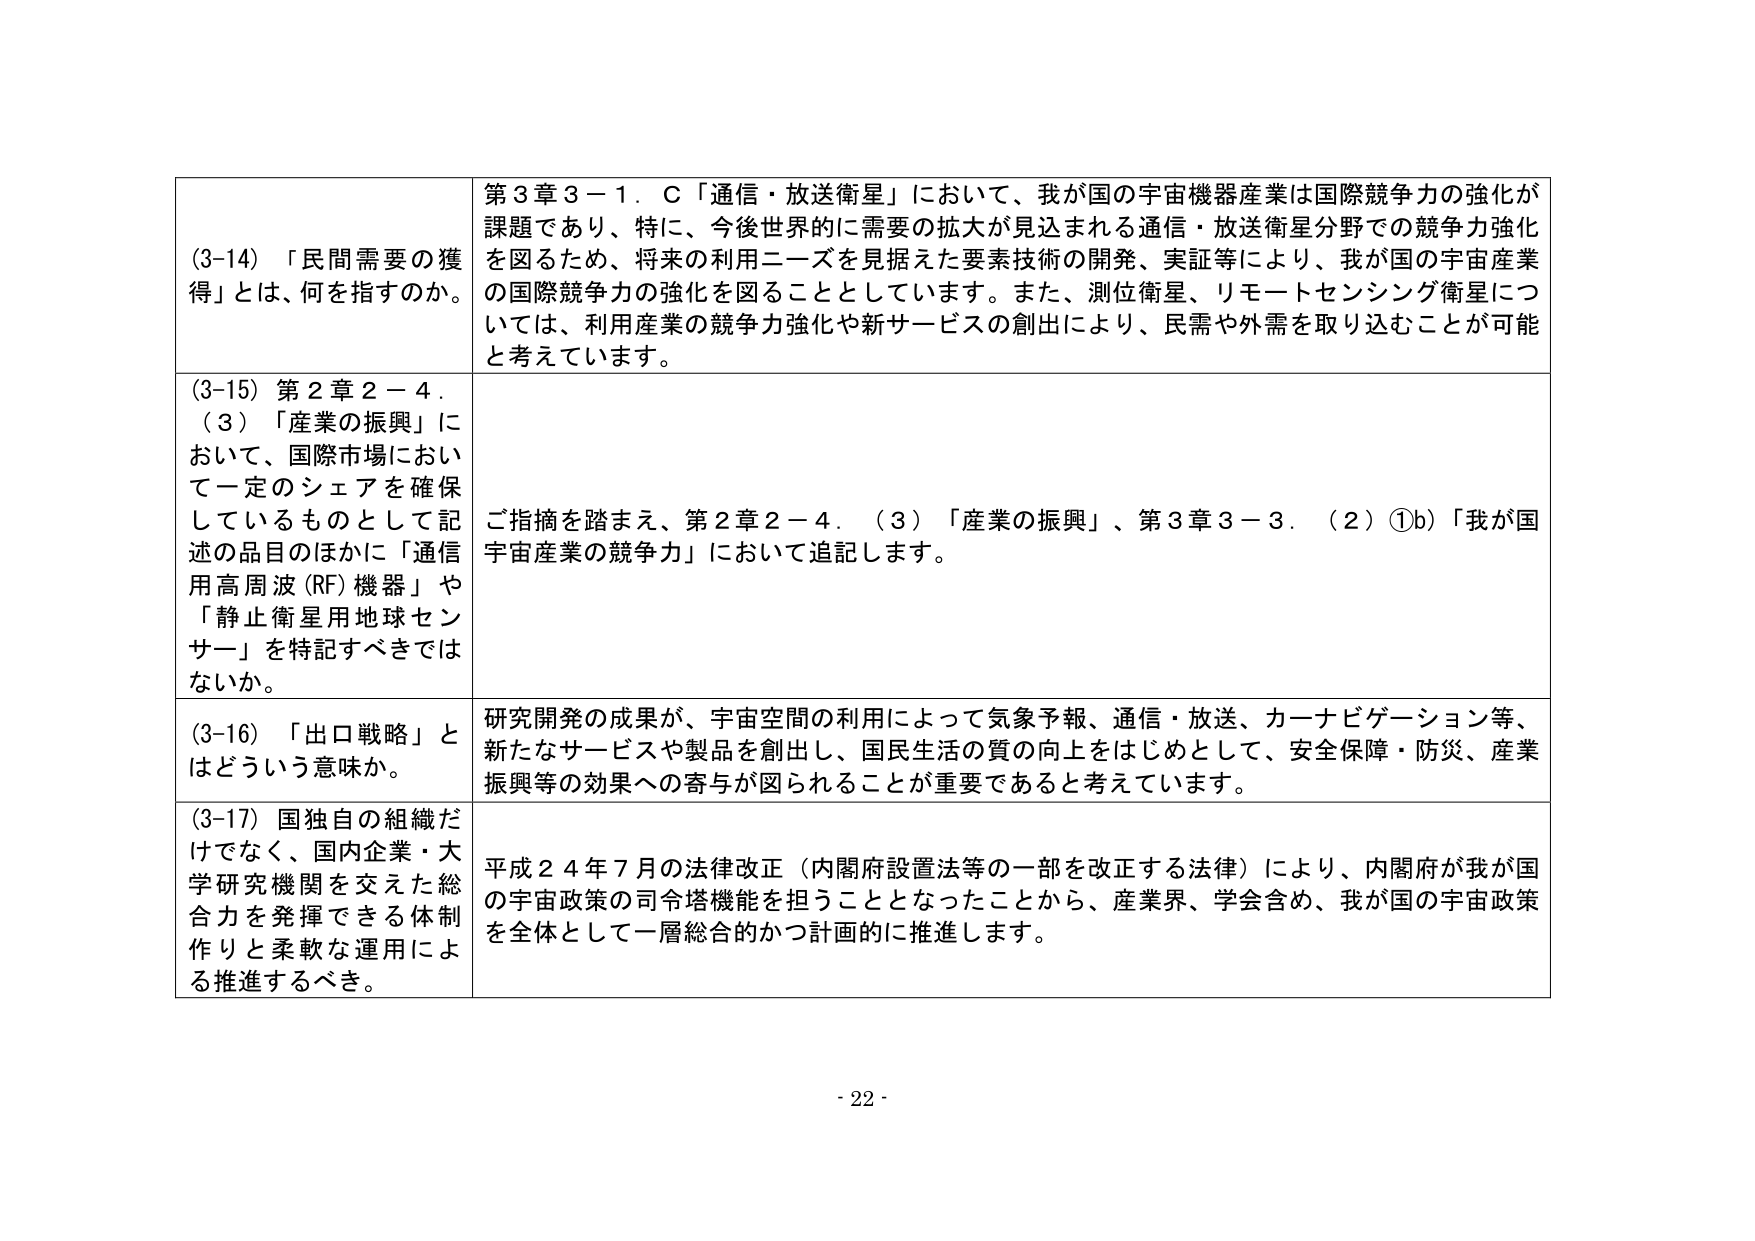
(3-14) 「民間需要の獲得」とは、何を指すのか。

第３章３－１．Ｃ「通信・放送衛星」において、我が国の宇宙機器産業は国際競争力の強化が課題であり、特に、今後世界的に需要の拡大が見込まれる通信・放送衛星分野での競争力強化を図るため、将来の利用ニーズを見据えた要素技術の開発、実証等により、我が国の宇宙産業の国際競争力の強化を図ることとしています。また、測位衛星、リモートセンシング衛星については、利用産業の競争力強化や新サービスの創出により、民需や外需を取り込むことが可能と考えています。

(3-15) 第２章２－４．（３）「産業の振興」において、国際市場において一定のシェアを確保しているものとして記述の品目のほかに「通信用高周波（RF）機器」や「静止衛星用地球センサー」を特記すべきではないか。

ご指摘を踏まえ、第２章２－４．（３）「産業の振興」、第３章３－３．（２）①b)「我が国宇宙産業の競争力」において追記します。

(3-16) 「出口戦略」とはどういう意味か。

研究開発の成果が、宇宙空間の利用によって気象予報、通信・放送、カーナビゲーション等、新たなサービスや製品を創出し、国民生活の質の向上をはじめとして、安全保障・防災、産業振興等の効果への寄与が図られることが重要であると考えています。

(3-17) 国独自の組織だけでなく、国内企業・大学研究機関を交えた総合力を発揮できる体制作りと柔軟な運用による推進するべき。

平成２４年７月の法律改正（内閣府設置法等の一部を改正する法律）により、内閣府が我が国の宇宙政策の司令塔機能を担うこととなったことから、産業界、学会含め、我が国の宇宙政策を全体として一層総合的かつ計画的に推進します。

- 22 -